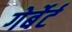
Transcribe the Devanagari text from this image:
गेर्बेर्ट